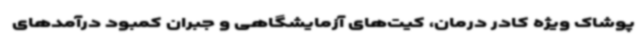
پوشاک ویژه کادر درمان، کیت‌های آزمایشگاهی و جبران کمبود درآمدهای